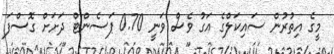
މީގެ އިތުރުން ސައިކަލްގެ އަގު ވެސް ވަނީ 0.70 ޕަސެންޓް ދަށަށް ގޮސްފަ